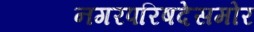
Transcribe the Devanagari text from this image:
नगरपरिषदेसमोर